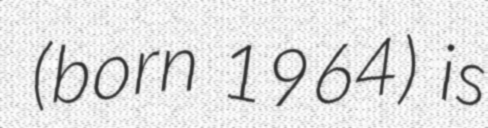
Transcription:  (born 1964) is